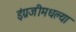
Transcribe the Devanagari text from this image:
इंग्रजीमधल्या